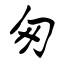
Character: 匆